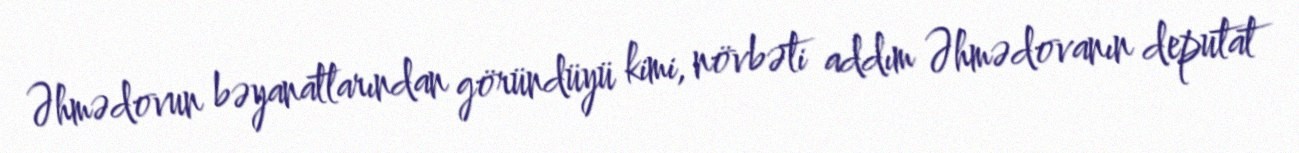
Əhmədovun bəyanatlarından göründüyü kimi, növbəti addım Əhmədovanın deputat